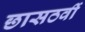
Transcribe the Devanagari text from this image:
छासठवीं